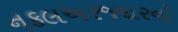
નકલઅરજદારનો